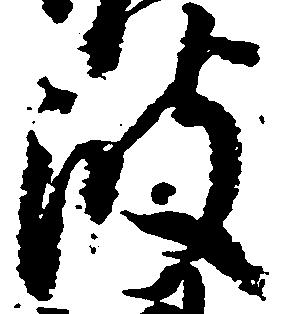
波